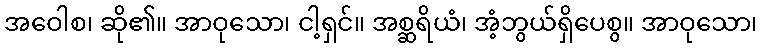
အဝေါစ၊ ဆို၏။ အာဝုသော၊ ငါ့ရှင်။ အစ္ဆရိယံ၊ အံ့ဘွယ်ရှိပေစွ။ အာဝုသော၊